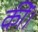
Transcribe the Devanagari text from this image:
कींं।